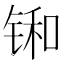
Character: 𫓼